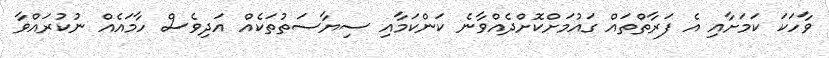
ވާހަކަ ކަމަށާއި އެ ފަރާތްތައް ގައުމަށްކޮށްދެއްވާނެ ކަންކަމާއި ސިޔާސަތުތަކެއް އަދިވެސް ހާމައެއް ނުކުރައްވާ